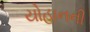
યોહાનની